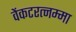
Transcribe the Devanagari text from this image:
वेंकटरत्नम्मा